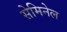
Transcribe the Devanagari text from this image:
सेमिनेल